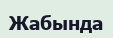
Жабында